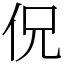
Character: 㑆